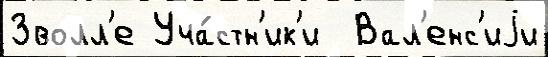
Зволл'е Уча́стн'ик'и  Вал'енс'иjи